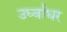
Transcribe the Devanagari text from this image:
उर्घ्वाधर